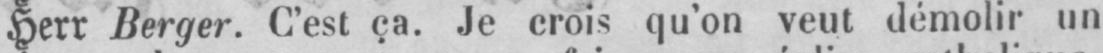
Herr Berger. C’est ça. Je crois qu’on veut démolir un